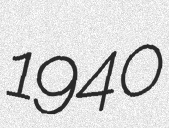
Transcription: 1940